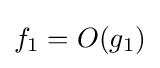
f_{1}=O(g_{1})